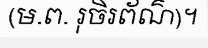
(ម.ព. រុចិរព័ណ៌)។